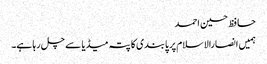
حافظ حسین احمد
ہمیں انصارالاسلام پر پابندی کا پتہ میڈیا سے چل رہا ہے۔